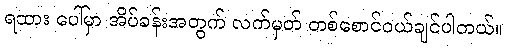
ရထား ပေါ်မှာ အိပ်ခန်းအတွက် လက်မှတ် တစ်စောင်ဝယ်ချင်ပါတယ်။